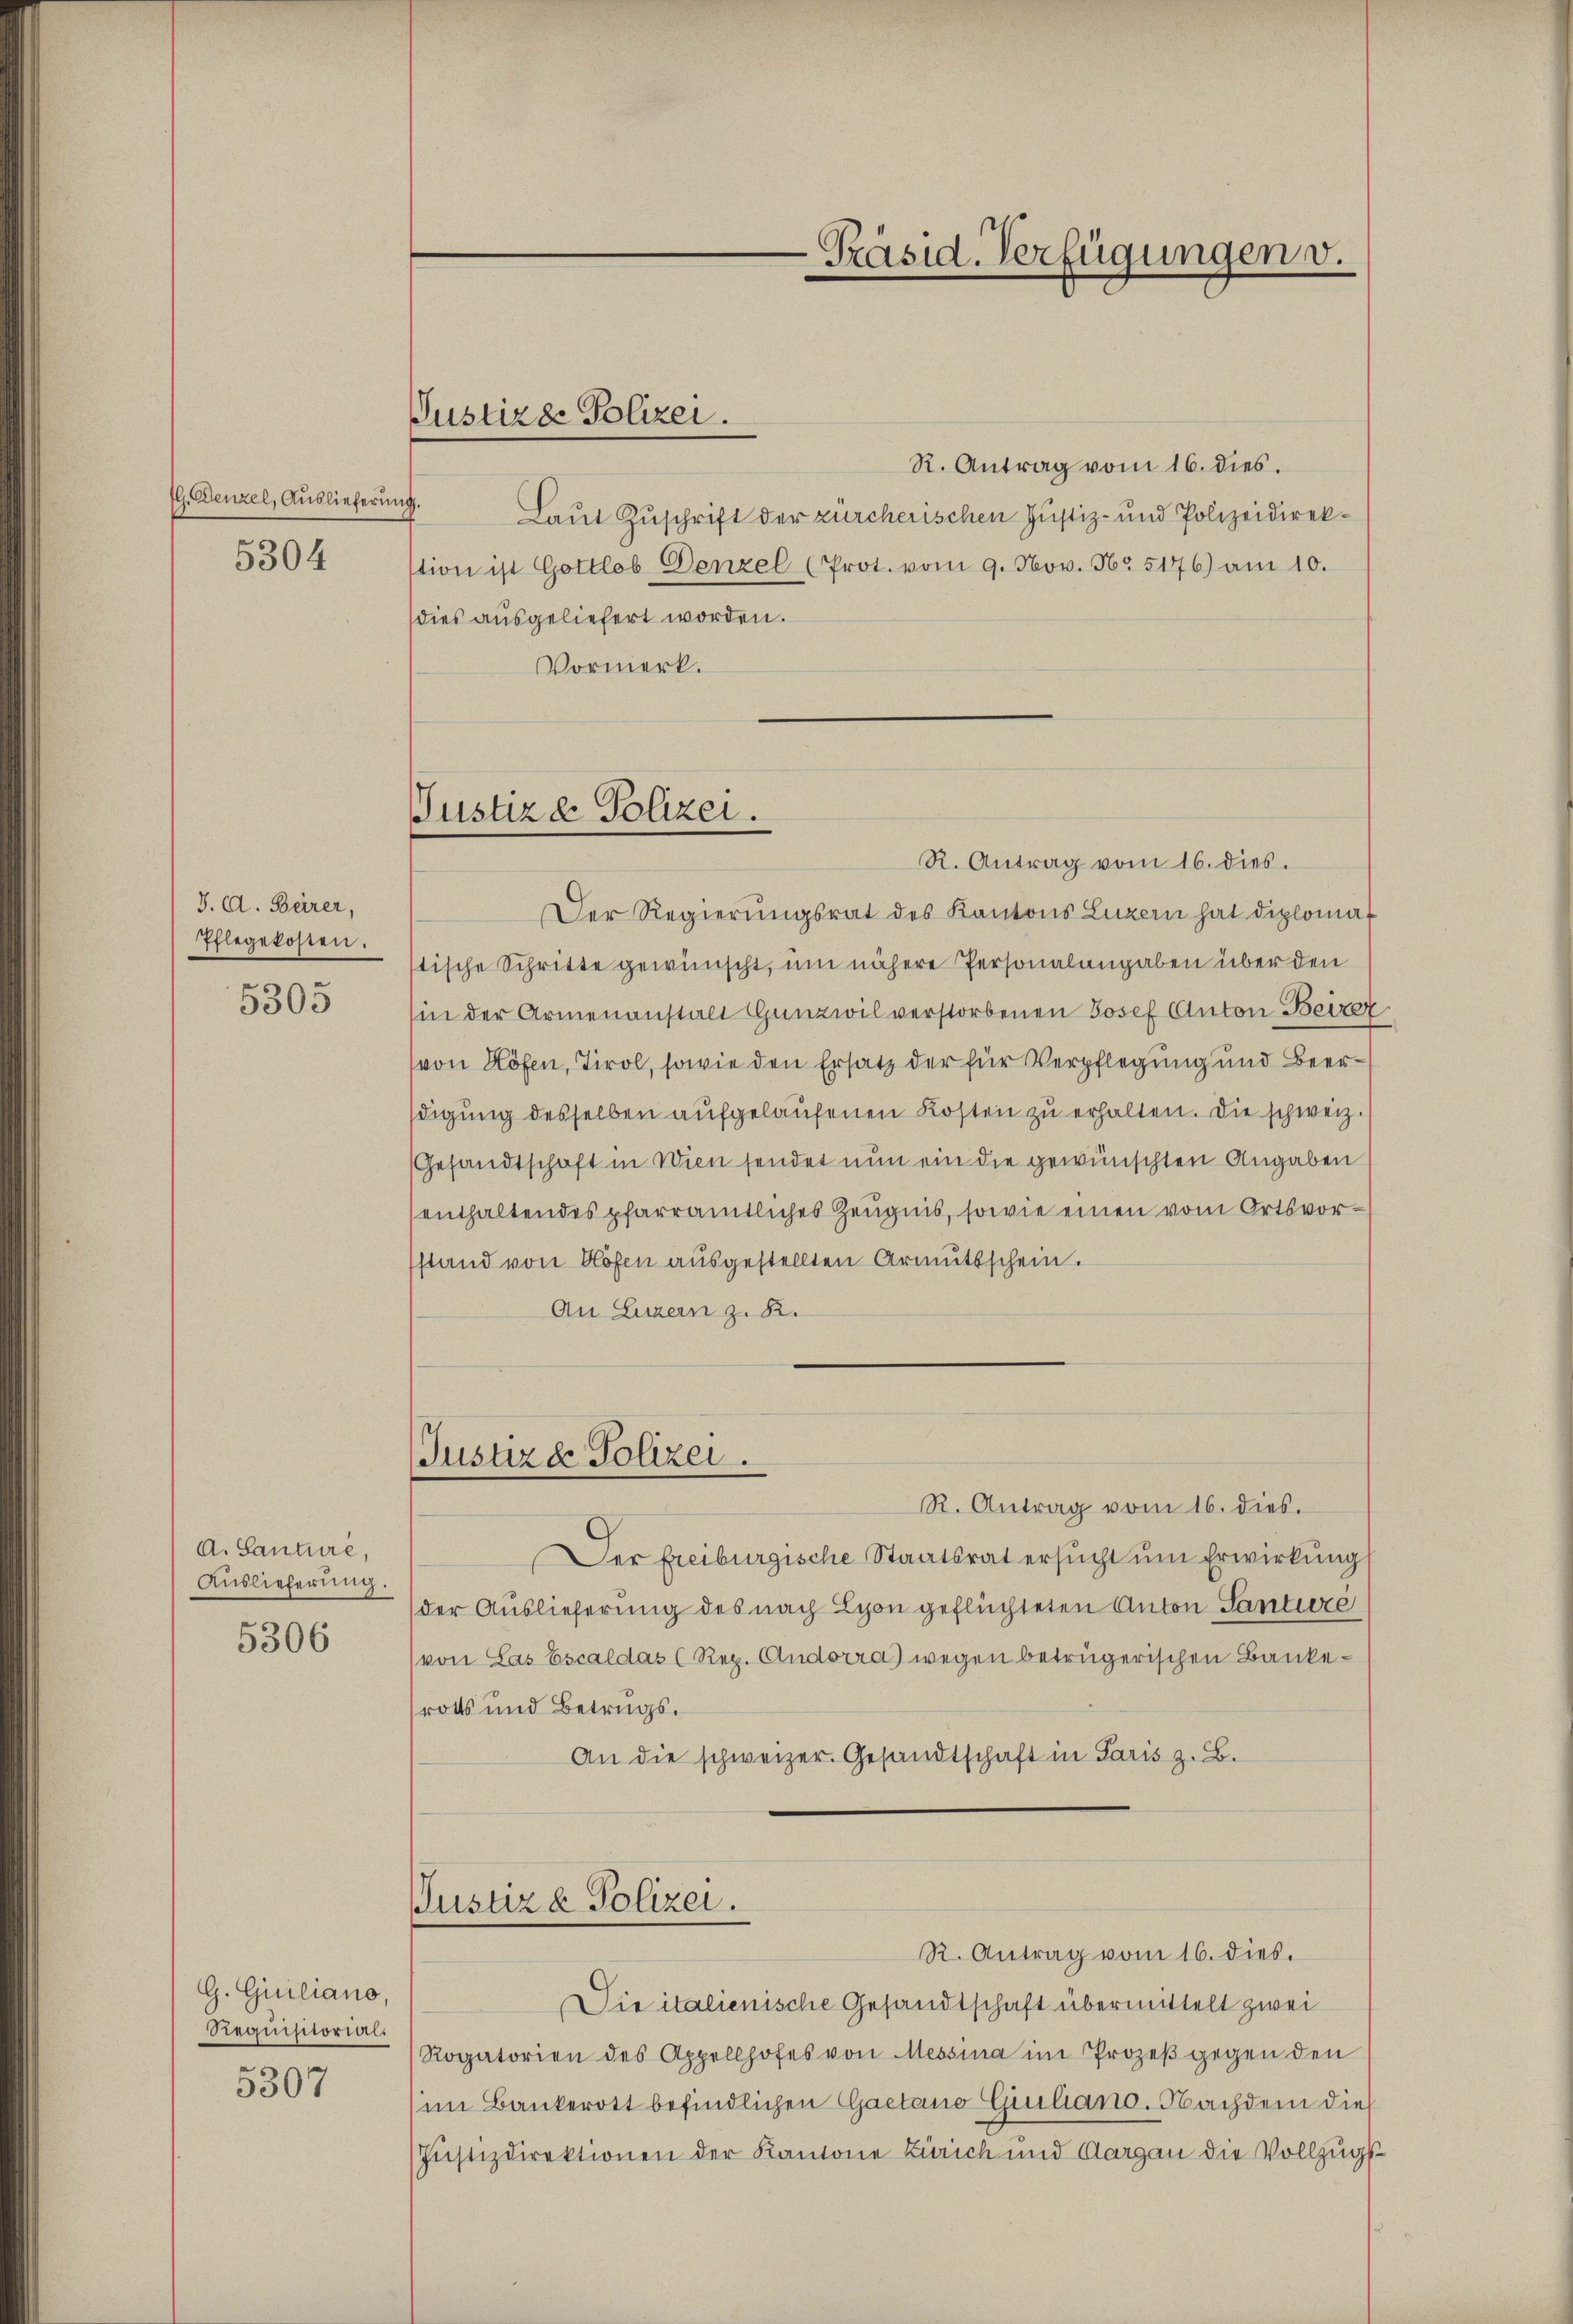
(G. Denzel, Auslieferung.
5304

8. d. Beirer,
Pflegekosten.
5305

A. Santure,
Auslieferung.
5306

G. Guiliano,
Requisitorial.
5307

Justizde Polizei.

R. Antrag vom 16. dies.
Laut Zuschrift der zürcherischen Justiz- und Polizeidirekstion ist Gottlob Denzel (Prot. vom 9. Nov. N. 5176) am 10.
dies ausgeliefert worden.
Vormerk.

Justiz & Polizei.

Präsid. Verfügungen v.

R. Antrag vom 16. dies.
Der Regierŭngsrat des Kantons Luzern hat diplomat
tische Schritte gewünscht, um nähere Personalangaben über den
in der Armenanstalt Gunzwil verstorbenen Josef Anton Beizer
(von Höfen, Tirol, sowie den Ersatz der für Verpflegung und Beerdigung desselben aufgelaufenen Kosten zu erhalten. Die schweiz.
Gesandtschaft in Wien sendet nun ein die gewünschten Angaben
enthaltendes pfarramtliches Zeugnis, sowie einen vom Ortsvorsstand von Blöfen ausgestellten Armutsschein.
An Luzern z. B.
Justizd Polizei.
R. Antrag vom 16. dies.
Der Freiburgische Staatsrat ersucht um Erwirkung
(der Auslieferung des nach Lyon geflüchteten Anton Santure
(von Las Escaldas (Rep. Andorra) wegen betrügerischen Bankerotts und Betrugs¬
An die schweizer. Gesandtschaft in Paris z. B.

Justiz & Polizei.
R. Antrag vom 16. dies.

Die italienische Gesandtschaft übermittelt zwei
Rogatorien des Appellhofes von Messina im Prozeβ gegen den
im Bankerott befindlichen Gaetano Giuliano. Nachdem die
Justizdirektionen der Kantone Zürich und Aargau die Vollzugs¬